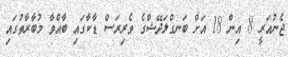
ޖެނުއަރީ 8 އިން 18 އަށް ބަނގްލަދޭޝްގެ ވެރިރަސް ޑާކާގައި ބާއްވާ މުބާރާތުގައި